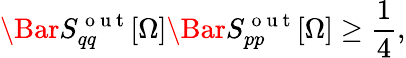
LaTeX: \Bar{S}_{qq}^{\mathrm{~o~u~t~}}[\Omega]\Bar{S}_{pp}^{\mathrm{~o~u~t~}}[\Omega]\geq\frac{1}{4},